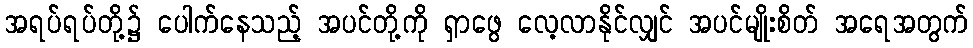
အရပ်ရပ်တို့၌ ပေါက်နေသည့် အပင်တို့ကို ရှာဖွေ လေ့လာနိုင်လျှင် အပင်မျိုးစိတ် အရေအတွက်